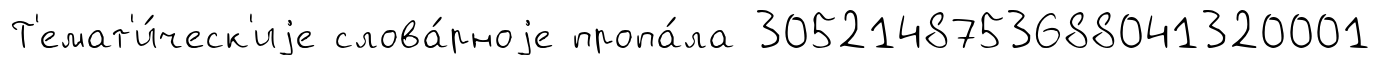
Т'емат'и́ческ'иjе слова́рноjе пропа́ла 3052148753688041320001